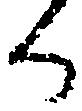
か